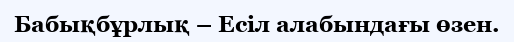
Бабықбұрлық – Есіл алабындағы өзен.